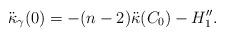
LaTeX: \begin{align*}\ddot\kappa_\gamma(0)=-(n-2)\ddot\kappa(C_0)-H_1''.\end{align*}